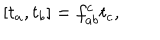
[ t _ { a } , t _ { b } ] = f _ { a b } ^ { c } t _ { c } ,